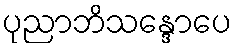
ပုညာဘိသန္ဒောပေ